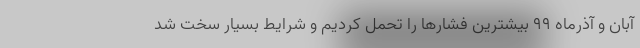
آبان و آذرماه ۹۹ بیشترین فشارها را تحمل کردیم و شرایط بسیار سخت شد